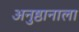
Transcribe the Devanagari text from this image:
अनुष्ठानाला